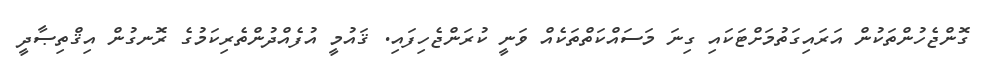
ގޮންޖެހުންތަކުން އަރައިގަތުމަށްޓަކައި ގިނަ މަސައްކަތްތަކެއް ވަނީ ކުރަންޖެހިފައި. ޤައުމީ އުފެއްދުންތެރިކަމުގެ ރޮނގުން އިޤްތިޞާދީ